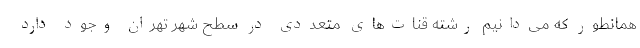
همانطور که می‌دانیم رشته قنات‌های متعددی در سطح شهر تهران وجود دارد